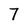
Character: 7